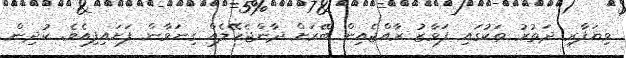
ވިޔަފާރި ދަތުރު ތަކުގައި ފަވާޒު ރާއްޖެއިން ބޭރަށް ދާންޖެހޭލެއް ގިނަވާން ފަށައިފިއެވެ. ކުދިން